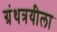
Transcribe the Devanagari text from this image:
ग्रंथत्रयीला